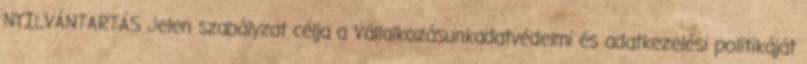
NYILVÁNTARTÁS Jelen szabályzat célja a Vállalkozásunkadatvédelmi és adatkezelési politikáját